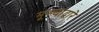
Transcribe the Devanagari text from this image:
मूल्यांद्वारे